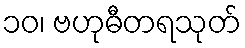
၁၀၊ ဗဟုဓီတရသုတ်